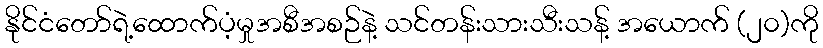
နိုင်ငံတော်ရဲ့ထောက်ပံ့မှုအစီအစဉ်နဲ့ သင်တန်းသားသီးသန့် အယောက် (၂၀)ကို